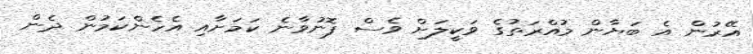
އޭރުން އެ ބަޔާން މުއްރަތުގެ ވަކީލަށް ވެސް ފޮނުވާނެ ކަމަށާއި އެހެންކަމުން ދެން